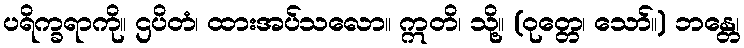
ပရိက္ခရာကို။ ဌပိတံ၊ ထားအပ်သလော။ ဣတိ၊ သို့။ (ဝုတ္တေ၊ သော်။) ဘန္တေ၊